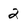
Character: 2